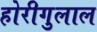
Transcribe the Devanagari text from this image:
होरीगुलाल